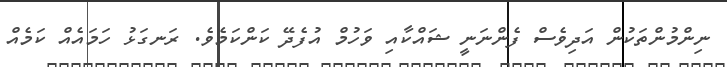
ނިންމުންތަކުން އަދިވެސް ފެންނަނީ ޝައްކާއި ވަހުމް އުފެދޭ ކަންކަމެވެ. ރަނގަޅު ހަމައެއް ކަމެއް